Code of medical and sanitary regulations for the guidance of medical officers serving in the Madras Presidency - Volume I
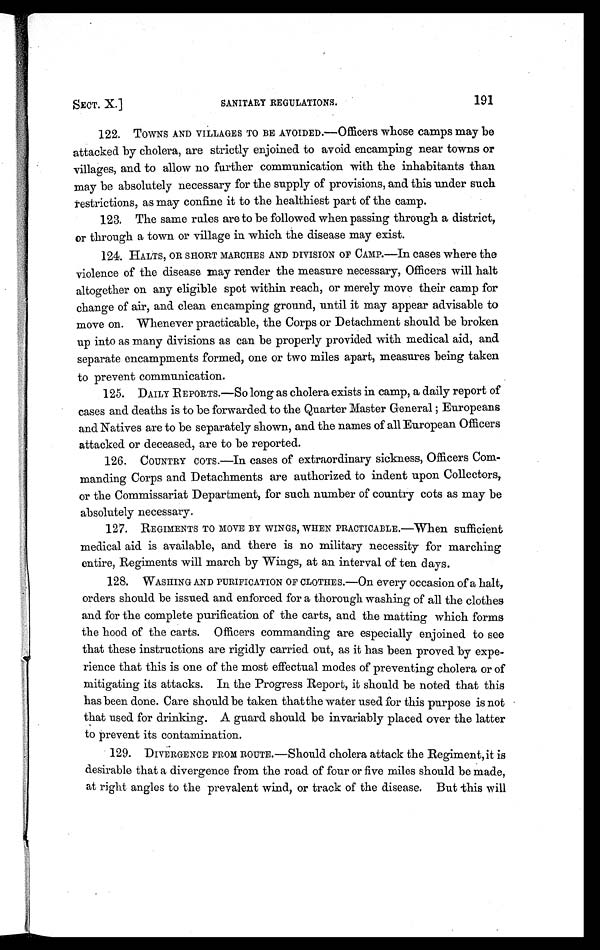
SECT. X.]
SANITARY REGULATIONS.
191
122. TOWNS AND VILLAGES TO BE AVOIDED.—Officers whose camps may be
attacked by cholera, are strictly enjoined to avoid encamping near towns or
villages, and to allow no further communication with the inhabitants than
may be absolutely necessary for the supply of provisions, and this under such
restrictions, as may confine it to the healthiest part of the camp.
123. The same rules are to be followed when passing through a district,
or through a town or village in which the disease may exist.
124. HALTS, OR SHORT MARCHES AND DIVISION OF CAMP.—In cases where the
violence of the disease may render the measure necessary, Officers will halt
altogether on any eligible spot within reach, or merely move their camp for
change of air, and clean encamping ground, until it may appear advisable to
move on. Whenever practicable, the Corps or Detachment should be broken
up into as many divisions as can be properly provided with medical aid, and
separate encampments formed, one or two miles apart, measures being taken
to prevent communication.
125. DAILY REPORTS.—So long as cholera exists in camp, a daily report of
cases and deaths is to be forwarded to the Quarter Master General; Europeans
and Natives are to be separately shown, and the names of all European Officers
attacked or deceased, are to be reported.
126. COUNTRY COTS .—In cases of extraordinary sickness, Officers Com
- m a n d i n g C o r p s a n d D e t a c h m e n t sa
r e
a u t h o r i z e d t o i n d e n t u p o n C o l l e c t o r s ,
or the Commissariat Department, for such number of country cots as may be
absolutely necessary.
127. REGIMENTS TO MOVE BY WINGS, WHEN PRACTICABLE.—When sufficient
medical aid is available, and there is no military necessity for marching
entire, Regiments will march by Wings, at an interval of ten days.
128. WASHING AND PURIFICATION OF CLOTHES.—On every occasion of a halt,
orders should be issued and enforced for a thorough washing of all the clothes
and for the complete purification of the carts, and the matting which forms
the hood of the carts. Officers commanding are especially enjoined to see
that these instructions are rigidly carried out, as it has been proved by expe
- r i e n c e t h a t t h i s i s o n e o f t h e m o s t e f f e c t u a l m o d e s o f p r e v e n t i n g c h o l e r a o r o f
mitigating its attacks. In the Progress Report, it should be noted that this
has been done. Care should be taken that the water used for this purpose is not
that used for drinking. A guard should be invariably placed over the latter
to prevent its contamination.
129. DIVERGENCE FROM ROUTE.—Should cholera attack the Regiment, it is
desirable that a divergence from the road of four or five miles should be made,
at right angles to the prevalent wind, or track of the disease. But this will